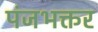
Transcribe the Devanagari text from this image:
पंजभक्तर